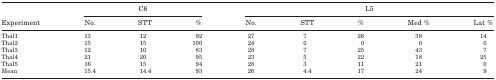
<table><thead><tr><td></td><td colspan="3"><b>C6</b></td><td colspan="5"><b>L5</b></td></tr><tr><td><b>Experiment</b></td><td><b>No.</b></td><td><b>STT</b></td><td><b>%</b></td><td><b>No.</b></td><td><b>STT</b></td><td><b>%</b></td><td><b>Med %</b></td><td><b>Lat %</b></td></tr></thead><tbody><tr><td>Thal1</td><td>13</td><td>12</td><td>92</td><td>27</td><td>7</td><td>26</td><td>38</td><td>14</td></tr><tr><td>Thal2</td><td>15</td><td>15</td><td>100</td><td>24</td><td>0</td><td>0</td><td>0</td><td>0</td></tr><tr><td>Thal3</td><td>12</td><td>10</td><td>83</td><td>28</td><td>7</td><td>25</td><td>43</td><td>7</td></tr><tr><td>Thal4</td><td>21</td><td>20</td><td>95</td><td>23</td><td>5</td><td>22</td><td>18</td><td>25</td></tr><tr><td>Thal5</td><td>16</td><td>15</td><td>94</td><td>28</td><td>3</td><td>11</td><td>21</td><td>0</td></tr><tr><td>Mean</td><td>15.4</td><td>14.4</td><td>93</td><td>26</td><td>4.4</td><td>17</td><td>24</td><td>9</td></tr></tbody></table>